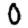
Digit: 0